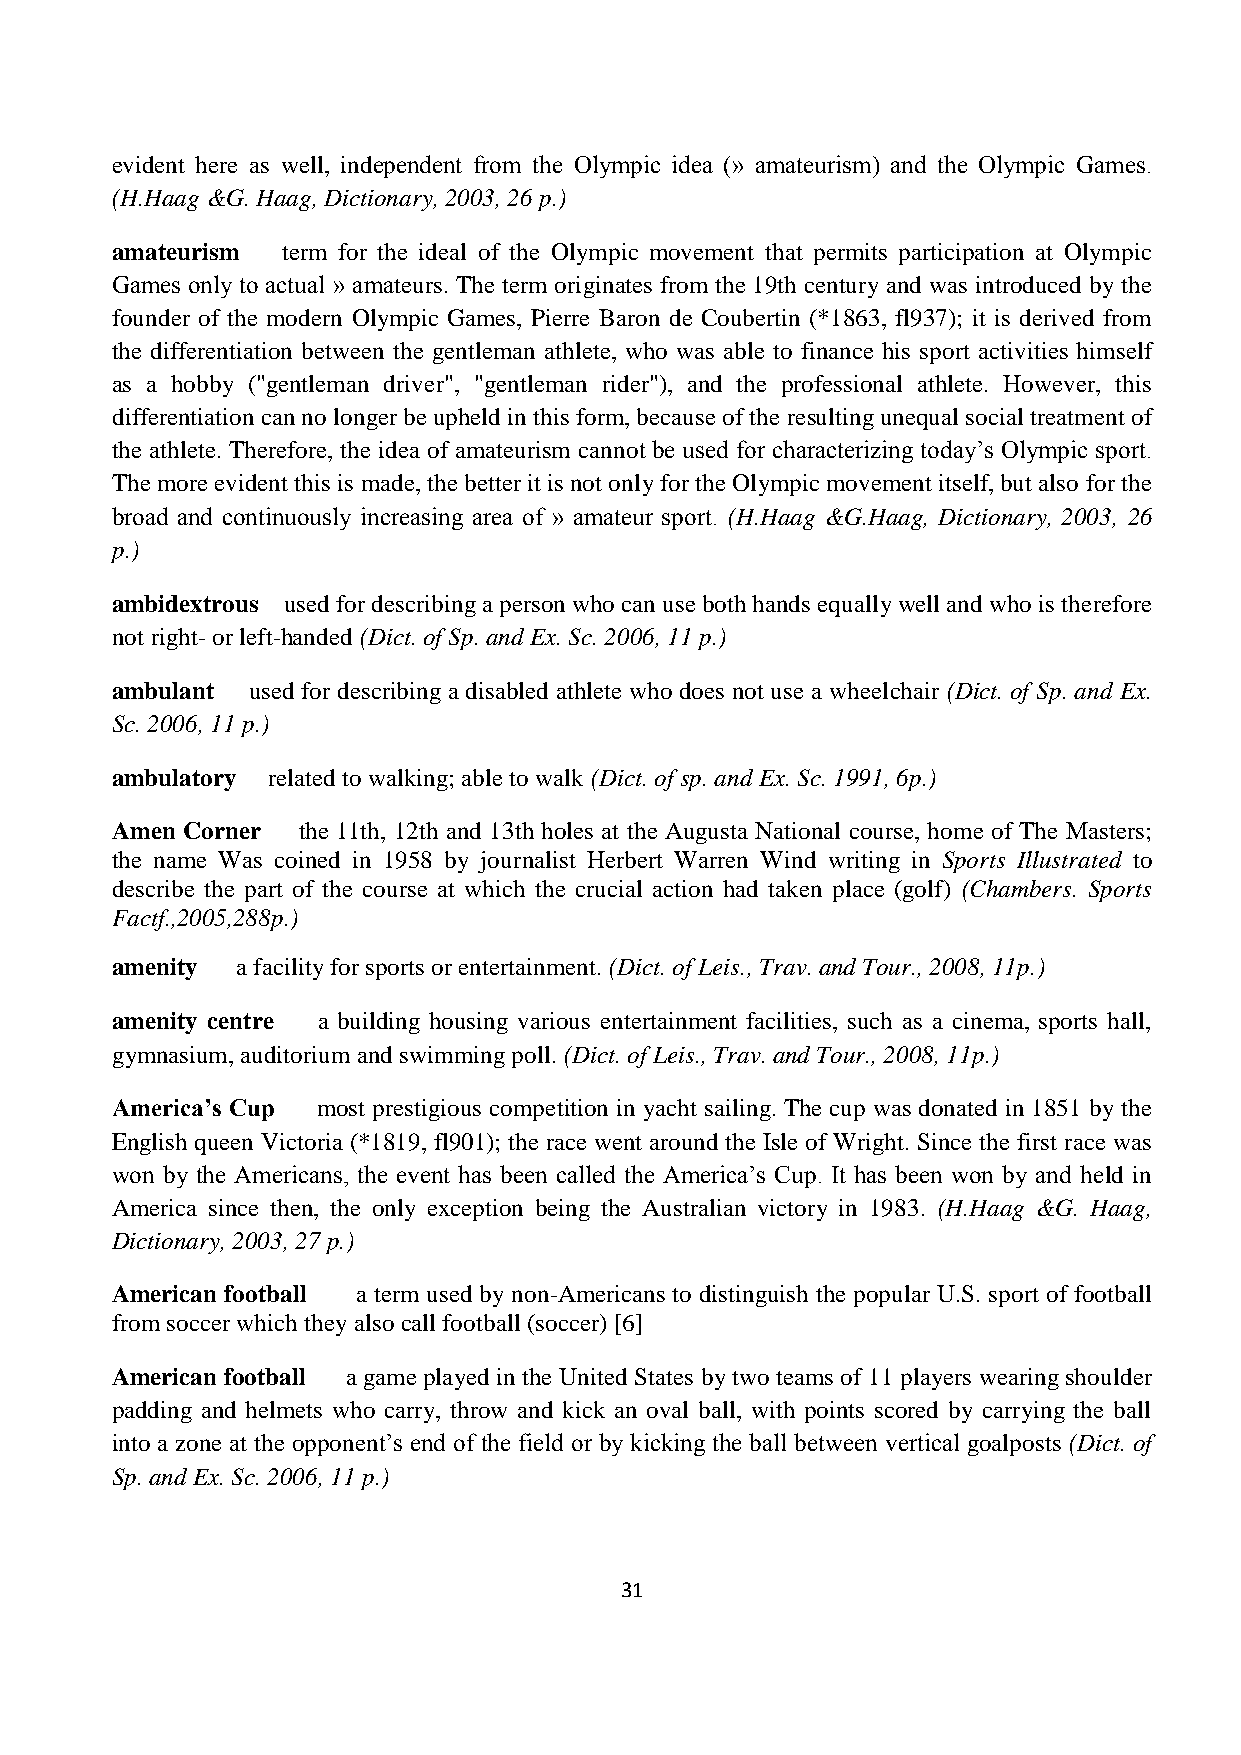
evident here as well, independent from the Olympic idea (» amateurism) and the Olympic Games.
 (H.Haag &G. Haag, Dictionary, 2003, 26 p.)
 amateurism  term for the ideal of the Olympic movement that permits participation at Olympic
 Games only to actual » amateurs. The term originates from the 19th century and was introduced by the
 founder of the modern Olympic Games, Pierre Baron de Coubertin (*1863, fl937); it is derived from
 the differentiation between the gentleman athlete, who was able to finance his sport activities himself
 as a hobby ("gentleman driver", "gentleman rider"), and the professional athlete. However, this
 differentiation can no longer be upheld in this form, because of the resulting unequal social treatment of
 the athlete. Therefore, the idea of amateurism cannot be used for characterizing today’s Olympic sport.
 The more evident this is made, the better it is not only for the Olympic movement itself, but also for the
 broad and continuously increasing area of » amateur sport. (H.Haag &G.Haag, Dictionary, 2003, 26
 p.)
 ambidextrous used for describing a person who can use both hands equally well and who is therefore
 not right- or left-handed (Dict. of Sp. and Ex. Sc. 2006, 11 p.)
 ambulant used for describing a disabled athlete who does not use a wheelchair (Dict. of Sp. and Ex.
 Sc. 2006, 11 p.)
 ambulatory related to walking; able to walk (Dict. of sp. and Ex. Sc. 1991, 6p.)
 Amen Corner  the 11th, 12th and 13th holes at the Augusta National course, home of The Masters;
 the name Was coined in 1958 by journalist Herbert Warren Wind writing in Sports Illustrated to
 describe the part of the course at which the crucial action had taken place (golf) (Chambers. Sports
 Factf.,2005,288p.)
 amenity  a facility for sports or entertainment. (Dict. of Leis., Trav. and Tour., 2008, 11p.)
 amenity centre a building housing various entertainment facilities, such as a cinema, sports hall,
 gymnasium, auditorium and swimming poll. (Dict. of Leis., Trav. and Tour., 2008, 11p.)
 America’s Cup most prestigious competition in yacht sailing. The cup was donated in 1851 by the
 English queen Victoria (*1819, fl901); the race went around the Isle of Wright. Since the first race was
 won by the Americans, the event has been called the America’s Cup. It has been won by and held in
 America since then, the only exception being the Australian victory in 1983. (H.Haag &G. Haag,
 Dictionary, 2003, 27 p.)
 American football a term used by non-Americans to distinguish the popular U.S. sport of football
 from soccer which they also call football (soccer) [6]
 American football a game played in the United States by two teams of 11 players wearing shoulder
 padding and helmets who carry, throw and kick an oval ball, with points scored by carrying the ball
 into a zone at the opponent’s end of the field or by kicking the ball between vertical goalposts (Dict. of
 Sp. and Ex. Sc. 2006, 11 p.)
 31